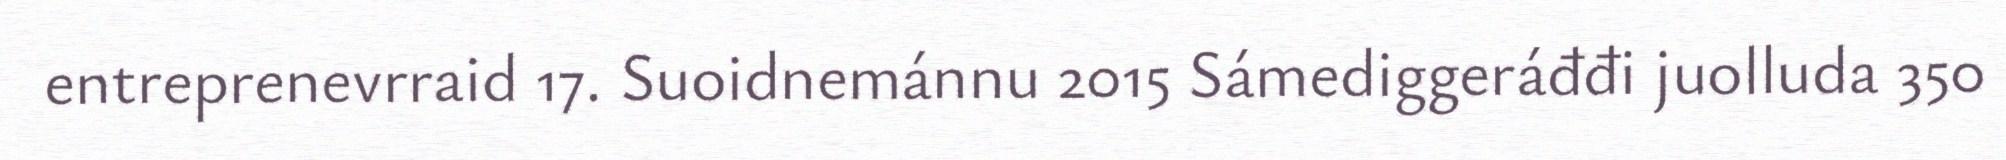
entreprenevrraid 17. Suoidnemánnu 2015 Sámediggeráđđi juolluda 350